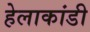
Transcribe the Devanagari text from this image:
हेलाकांडी